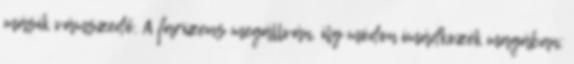
másik vámszedő. A farizeus megállván, ily módon imádkozék magában: